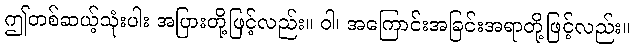
ဤတစ်ဆယ့်သုံးပါး အပြားတို့ဖြင့်လည်း။ ဝါ၊ အကြောင်းအခြင်းအရာတို့ဖြင့်လည်း။